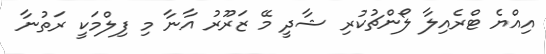
އިއްޔެ ޓްރެއިލާ ލޯންޗުކުރި ޝާދީ މޭ ޒަރޫރު އާނާ މި ފިލްމަކީ ރަތުނާ